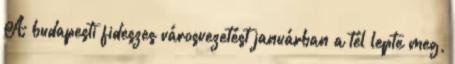
A budapesti fideszes városvezetést januárban a tél lepte meg,